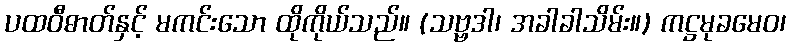
ပထဝီဓာတ်နှင့် မကင်းသော ထိုကိုယ်သည်။ (သဗ္ဗဒါ၊ အခါခါသိမ်း။) ကဋ္ဌမုခမေဝ၊